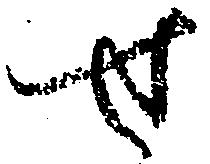
せ